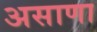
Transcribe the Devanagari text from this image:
असाणा